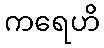
ကရေဟိ